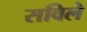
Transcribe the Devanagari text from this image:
सविले